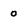
Character: 0